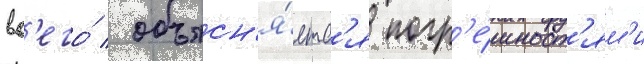
вс'его́ / объясн'я́етс'я погр'е́шност'ям'и